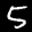
Label: 5